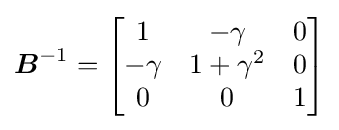
{\boldsymbol {B}}^{-1}={\begin{bmatrix}1&-\gamma &0\\-\gamma &1+\gamma ^{2}&0\\0&0&1\end{bmatrix}}